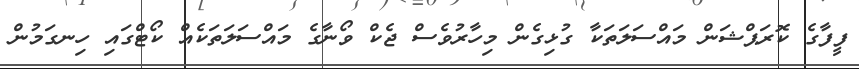
ފީފާގެ ކޮރަޕްޝަން މައްސަލަތަކާ ގުޅިގެން މިހާރުވެސް ޖެކް ވޯނާގެ މައްސަލަތަކެއް ކޯޓްގައި ހިނގަމުން